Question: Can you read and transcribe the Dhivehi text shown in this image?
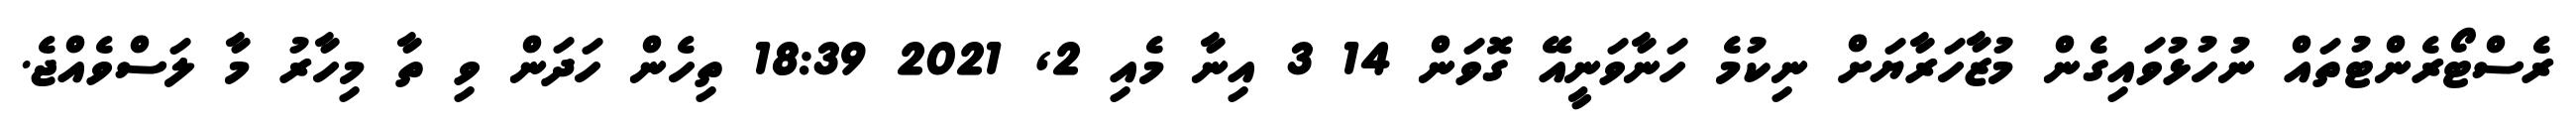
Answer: ރެސްޓޯރެންޓުތައް ނުހުޅުވައިގެން މުޒާހަރާޔަށް ނިކުމެ ހަނާވަނީއޭ ގޮވަން 14 3 އިނާ މެއި 2, 2021 18:39 ތިހެން ހަދަން ވި ތާ މިހާރު މާ ލަސްވެއްޖެ.